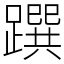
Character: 䠣